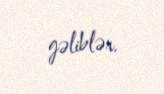
gəliblər.